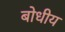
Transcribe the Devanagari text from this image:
बोधीय